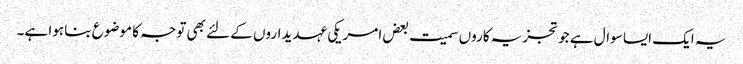
یہ ایک ایسا سوال ہے جو تجزیہ کاروں سمیت بعض امریکی عہدیداروں کے لئے بھی توجہ کا موضوع بنا ہوا ہے۔